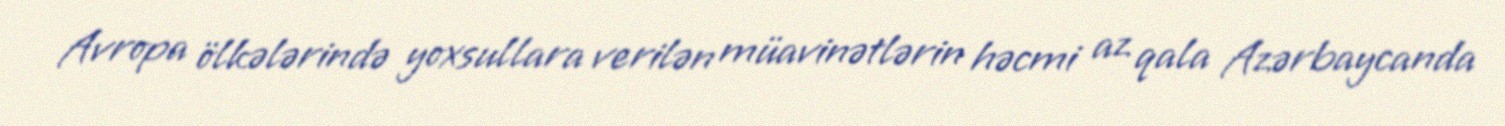
Avropa ölkələrində yoxsullara verilən müavinətlərin həcmi az qala Azərbaycanda